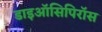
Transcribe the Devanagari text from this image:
डाइऑसिपिरॉस